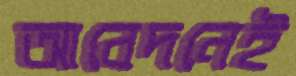
আবেদনেই